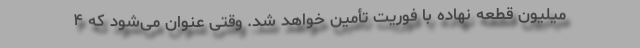
میلیون قطعه نهاده با فوریت تأمین خواهد شد. وقتی عنوان می‌شود که ۴